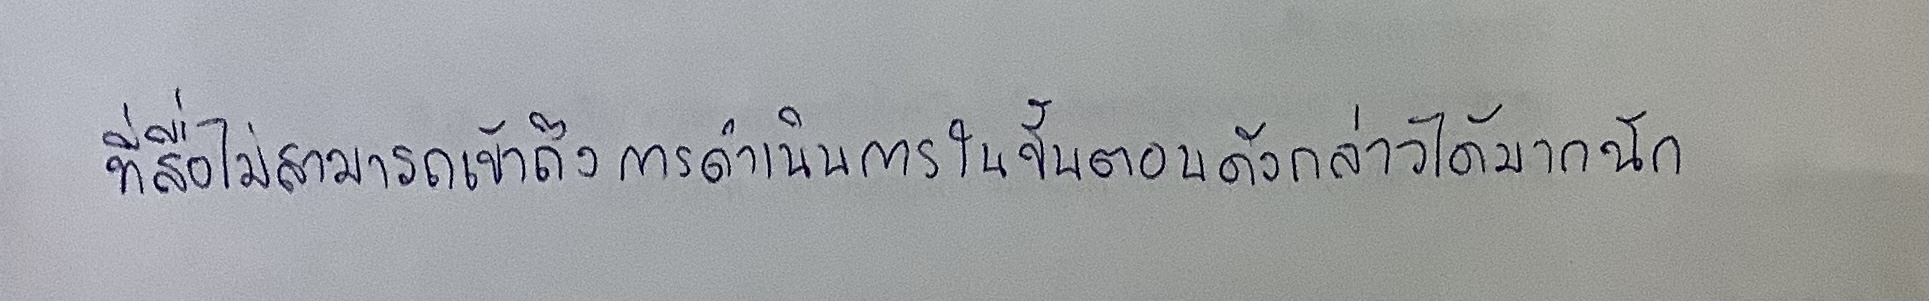
ที่สื่อไม่สามารถเข้าถึงการดำเนินการในขั้นตอนดังกล่าวได้มากนัก